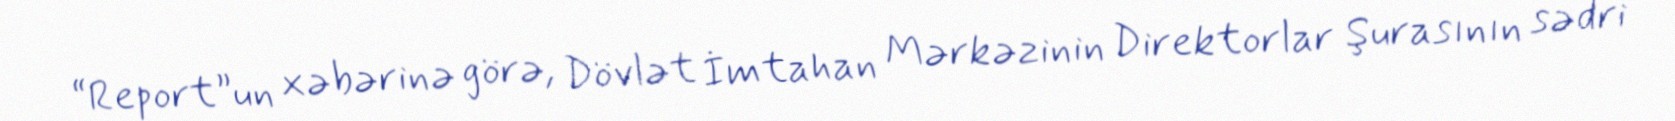
“Report”un xəbərinə görə, Dövlət İmtahan Mərkəzinin Direktorlar Şurasının sədri